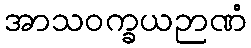
အာသဝက္ခယဉာဏံ